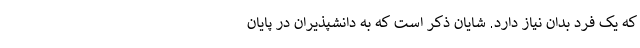
که یک فرد بدان نیاز دارد. شایان ذکر است که به دانشپذیران در پایان